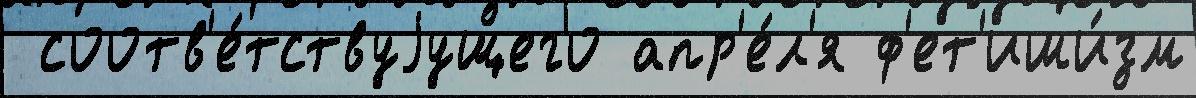
 соотв'е́тствуjущего апр'е́л'я ф'ет'иши́зм